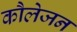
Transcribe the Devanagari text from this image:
कौलेजन